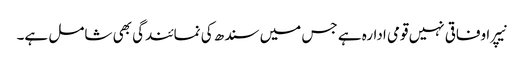
نیپرا وفاقی نہیں قومی ادارہ ہے جس میں سندھ کی نمائندگی بھی شامل ہے۔